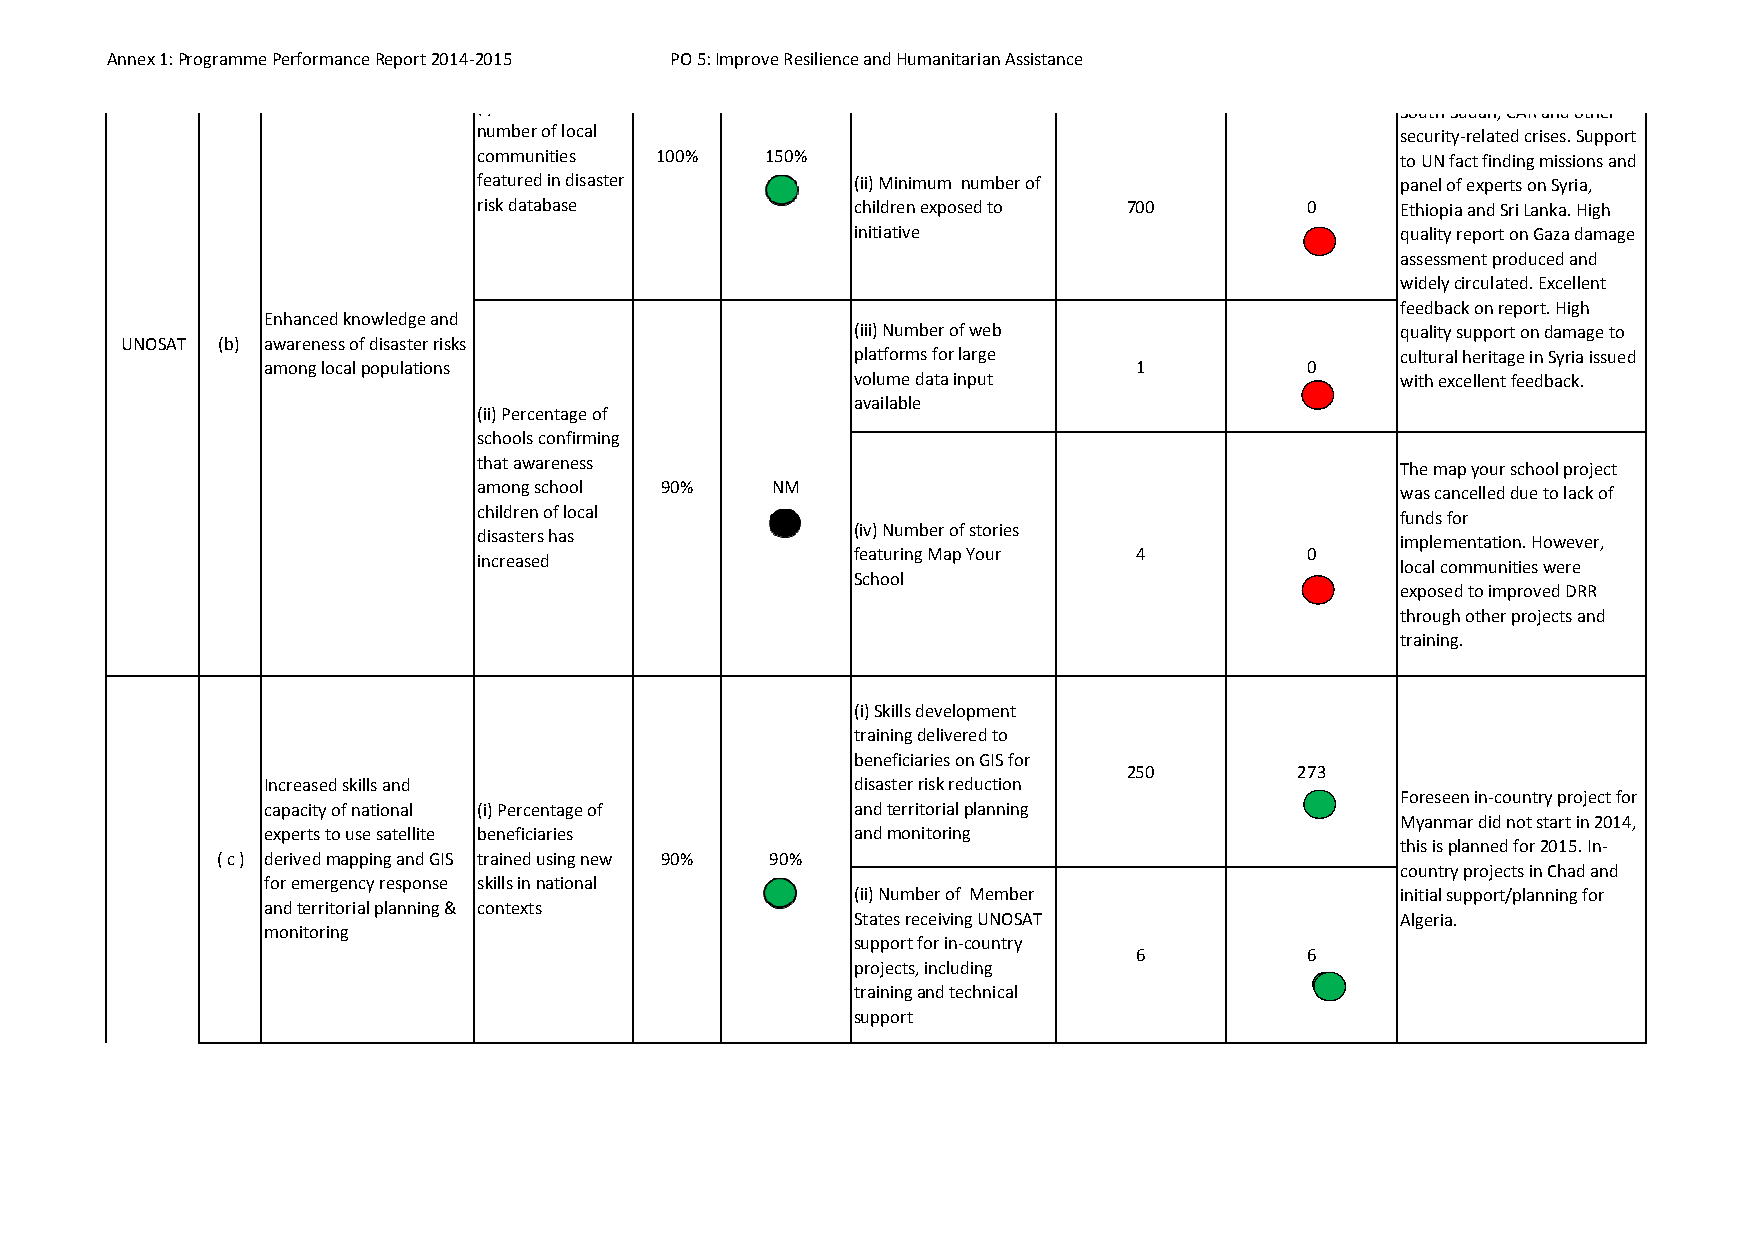
Annex 1: Programme Performance Report 2014‐2015 PO 5: Improve Resilience and Humanitarian Assistance
 ()                                                           SouthSudan, CAR and other
 number of local                                              security‐related crises. Support
 communities 100%   150%                                      to UN fact finding missions and
 featured in disaster     (ii) Minimum number of              panel of experts on Syria,
 risk database            children exposed to 700       0     Ethiopia and Sri Lanka. High
 initiative                          quality report on Gaza damage
 assessment produced and
 widely circulated. Excellent
 feedback on report. High
 Enhanced knowledge and
 (iii) Number of web                 quality support on damage to
 UNOSAT (b) awareness of disaster risks
 platforms for large                 cultural heritage in Syria issued
 among local populations                                   1           0
 volume data input                   with excellent feedback.
 available
 (ii) Percentage of
 schools confirming
 that awareness                                               The map your school project
 among school 90%   NM                                        was cancelled due to lack of
 children of local                                            funds for
 (iv) Number of stories
 disasters has                                                implementation. However,
 featuring Map Your 4          0
 increased                                                    local communities were
 School
 exposed to improved DRR
 through other projects and
 training.
 (i) Skills development
 training delivered to
 beneficiaries on GIS for
 250        273
 Increased skills and                    disaster risk reduction
 Foreseen in‐country project for
 capacity of national (i) Percentage of  and territorial planning
 Myanmar did not start in 2014,
 experts to use satellite beneficiaries  and monitoring
 this is planned for 2015. In‐
 ( c ) derived mapping and GIS trained using new 90% 90%
 country projects in Chad and
 for emergency response skills in national
 (ii) Number of Member               initial support/planning for
 and territorial planning & contexts
 States receiving UNOSAT             Algeria.
 monitoring
 support for in‐country
 6           6
 projects, including
 training and technical
 support